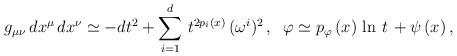
LaTeX: \begin{align*}g_{\mu \nu} \, dx^{\mu} \, dx^{\nu} \simeq -dt^2 + \sum_{i=1}^d \, t^{2 p_i (x)} \, (\omega^i)^2 \, , \; \;\varphi \simeq p_{\varphi} \, (x) \, \ln \, t \, +\psi \, (x) \, ,\end{align*}